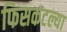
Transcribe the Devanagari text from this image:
फिसकटल्या